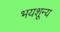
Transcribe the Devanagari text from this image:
भयशून्य